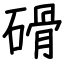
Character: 磆